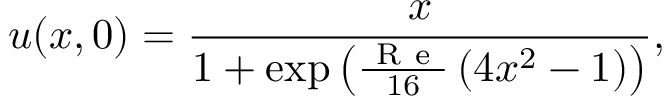
u ( x , 0 ) = \frac { x } { 1 + \exp { \left( \frac { \mathrm { ~ R ~ e ~ } } { 1 6 } \left( 4 x ^ { 2 } - 1 \right) \right) } } ,